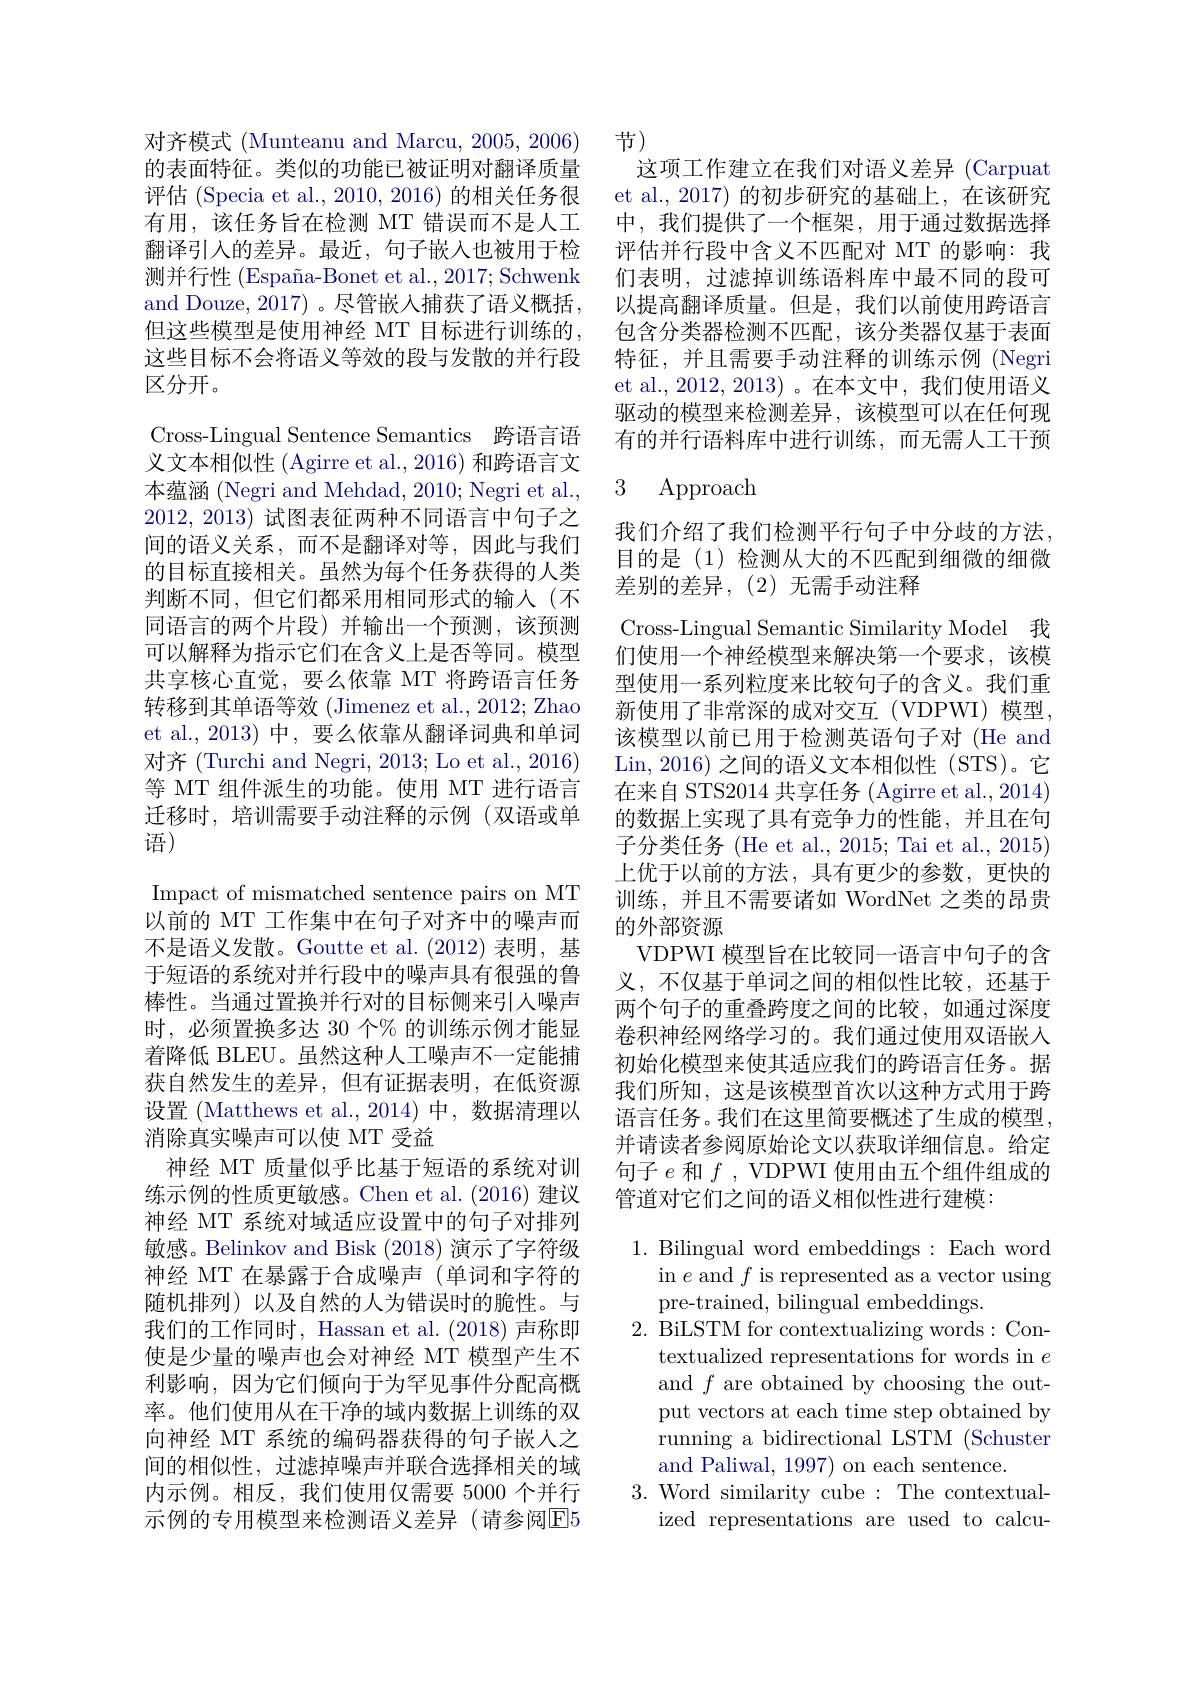
对齐模式 (Munteanu and Marcu, 2005, 2006) 的表面特征。类似的功能已被证明对翻译质量评估 (Specia et al., 2010, 2016) 的相关任务很有用，该任务旨在检测 MT 错误而不是人工翻译引入的差异。最近，句子嵌入也被用于检测并行性 (España-Bonet et al., 2017; Schwenk and Douze, 2017) 。尽管嵌入捕获了语义概括， 但这些模型是使用神经 MT 目标进行训练的， 这些目标不会将语义等效的段与发散的并行段区分开。

Cross-Lingual Sentence Semantics 跨语言语义文本相似性 (Agirre et al., 2016) 和跨语言文本蕴涵 (Negri and Mehdad, 2010; Negri et al. 2012, 2013)试图表征两种不同语言中句子之间的语义关系，而不是翻译对等，因此与我们的目标直接相关。虽然为每个任务获得的人类判断不同，但它们都采用相同形式的输入(不同语言的两个片段)并输出一个预测，该预测可以解释为指示它们在含义上是否等同。模型共享核心直觉，要么依靠 MT 将跨语言任务转移到其单语等效 (Jimenez et al., 2012; Zhao et al.,2013) 中，要么依靠从翻译词典和单词对齐 (Turchi and Negri, 2013; Lo et al., 2016) 等 MT 组件派生的功能。使用 MT 进行语言迁移时，培训需要手动注释的示例(双语或单语)
Impact of mismatched sentence pairs on MT 以前的 MT 工作集中在句子对齐中的噪声而不是语义发散。Goutte et al.(2012) 表明，基于短语的系统对并行段中的噪声具有很强的鲁棒性。当通过置换并行对的目标侧来引人噪声时，必须置换多达 30 个% 的训练示例才能显着降低 BLEU。虽然这种人工噪声不一定能捕获自然发生的差异，但有证据表明，在低资源设置 (Matthews et al.,2014)中，数据清理以消除真实噪声可以使 MT 受益
神经 MT 质量似乎比基于短语的系统对训练示例的性质更敏感。Chen et al.(2016) 建议神经 MT 系统对域适应设置中的句子对排列敏感。Belinkov and Bisk (2018) 演示了字符级神经 MT 在暴露于合成噪声 (单词和字符的随机排列)以及自然的人为错误时的脆性。与我们的工作同时，Hassan et al. (2018)声称即使是少量的噪声也会对神经 MT 模型产生不利影响，因为它们倾向于为罕见事件分配高概率。他们使用从在干净的域内数据上训练的双向神经 MT 系统的编码器获得的句子嵌人之

间的相似性，过滤掉噪声并联合选择相关的域内示例。相反，我们使用仅需要 5000 个并行示例的专用模型来检测语义差异(请参阅E5

节)
这项工作建立在我们对语义差异 (Carpuat et al., 2017) 的初步研究的基础上，在该研究中，我们提供了一个框架，用于通过数据选择评估并行段中含义不匹配对 MT 的影响：我们表明，过滤掉训练语料库中最不同的段可以提高翻译质量。但是，我们以前使用跨语言包含分类器检测不匹配，该分类器仅基于表面特征，并且需要手动注释的训练示例 (Negri et al.,2012,2013)。在本文中，我们使用语义驱动的模型来检测差异，该模型可以在任何现有的并行语料库中进行训练，而无需人工干预

### 3 Approach

我们介绍了我们检测平行句子中分歧的方法， 目的是(1)检测从大的不匹配到细微的细微差别的差异，(2)无需手动注释

Cross-Lingual Semantic Similarity Model 我们使用一个神经模型来解决第一个要求，该模型使用一系列粒度来比较句子的含义。我们重新使用了非常深的成对交互(VDPWI)模型， 该模型以前已用于检测英语句子对(He and Lin, 2016) 之间的语义文本相似性 (STS)。它在来自 STS2014 共享任务 (Agirre et al., 2014) 的数据上实现了具有竞争力的性能，并且在句子分类任务 (He et al., 2015; Tai et al., 2015) 上优于以前的方法，具有更少的参数，更快的训练，并且不需要诸如 WordNet 之类的昂贵的外部资源
VDPWI 模型旨在比较同一语言中句子的含义，不仅基于单词之间的相似性比较，还基于两个句子的重叠跨度之间的比较，如通过深度卷积神经网络学习的。我们通过使用双语嵌入初始化模型来使其适应我们的跨语言任务。据我们所知，这是该模型首次以这种方式用于跨语言任务。我们在这里简要概述了生成的模型， 并请读者参阅原始论文以获取详细信息。给定句子$e$和$f$, VDPWI 使用由五个组件组成的管道对它们之间的语义相似性进行建模：

1. Bilingual word embeddings: Each word
in $e$ and $f$ is represented as a vector using
pre-trained, bilingual embeddings.
2. BiLSTM for contextualizing words:Con-
textualized representations for words in $e$ and $f$ are obtained by choosing the output vectors at each time step obtained by running a bidirectional LSTM (Schuster and Paliwal, 1997) on each sentence.
3. Word similarity cube:The contextual-
ized representations are used to calcu-